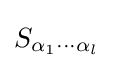
S_{\alpha _{1}\cdots \alpha _{l}}